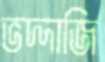
ভদ্দাজি